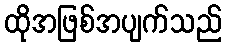
ထိုအဖြစ်အပျက်သည်